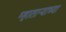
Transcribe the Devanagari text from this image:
म्हाताऱ्याच्या